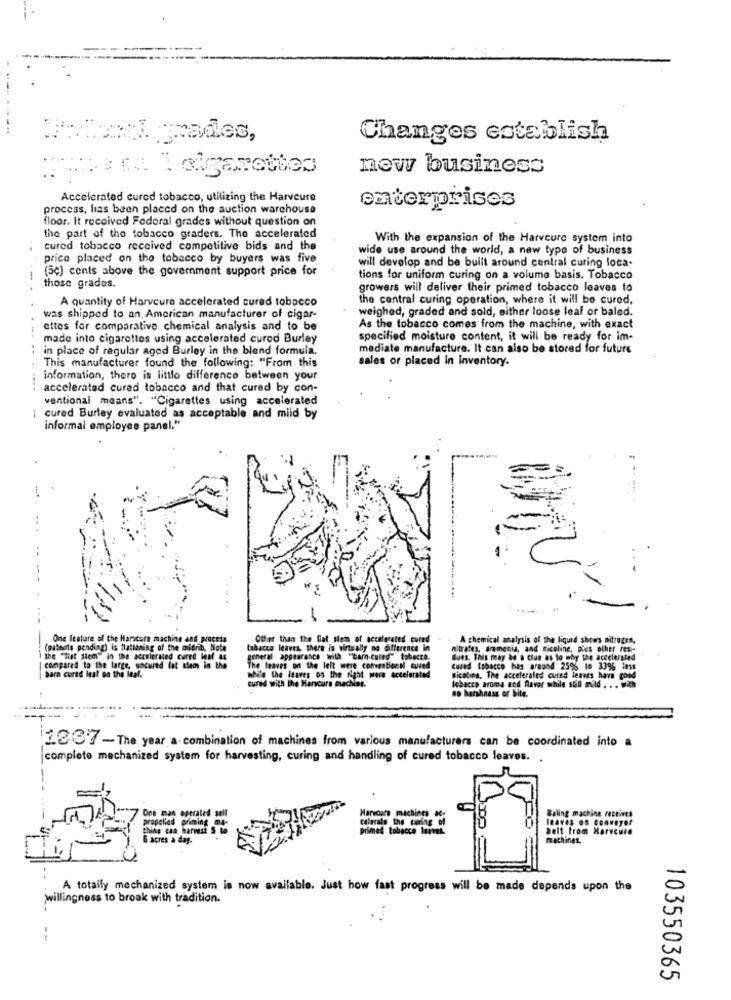
1. ades,
Changes establish
new business
Accelerated cured tobacco, utilizing the Harveure
process, has been placed on the auction warehouse
enterprises
floor. It received Federal grades without question on
the part of the tobacco graders. The accelerated
With the expansion of the Harveure system into
cured tobacco received competitive bids and the
wide use around the world, a new type of business
price placed on the tobacco by buyers was five
(5c) cents above the government support price for
will develop and be built around central curing loca-
-
tions for uniform curing on a volume basis. Tobacco
those grades.
growers will deliver their primed tobacco leaves to
A quantity of Harveure accelerated cured tobacco
the central curing operation, where it will be curod,
weighed, graded and sold, either loose leaf or baled.
was shipped to an. American manufacturer of cigar-
ettes for comparative chemical analysis and to be
As the tobacco comes from the machine, with exact
made into cigarettes using accelerated cured Burley
specified moisture content, it will be ready for im-
in place of regular aged Burley in the blend formula.
mediate manufacture. It can also be stored for future
sales or placed in inventory.
This manufacturer found the following: "From this
information, there is little difference between your
accelerated cured tobacco and that cured by con-
ventional means". "Cigarettes using accelerated
| cured Burley evaluated as acceptable and mild by
informal employee panel."
One feature of the Harscore machine and process
Other than the flat stem of accelerated cured
A chemical analysis of the liquid shows nitrogen.
(patents pending) is flattening of the ol
of the midrib. Note
tobacco leaves, there is virtually no difference in
nitrates, aramecia, and nicoline. pies olher resi-
the "Hiat stem" in the accelerated cured leaf as
general appearance with "barn-cured" tobecte.
does. This may be a Clue as to why the accelerated
| compared to the large, uncured lat steen Th
The leaves on the left were conventionnl cuved
cured tobacco has areand 25% te 33% less
bara cured leal on the leaf.
while the Itares on the right were accelerated
cured with the Hancurs macher.
tobacco aroma and Raver while still mild . ..
nicatina, The accelerated cured leaves havs good
no harshness or bite.
2237-The year a combination of machines from various manufacturers can be coordinated into a
complete mechanized system for harvesting, curing and handling of cured tobacco leaves.
Harvoun
Baling machine rectires
propelled
One man operated se
priming m
machines
leaves on conveyor
thine can harvest S
Prime
tobacco levei.
Delt from Harrcure
6 acres a day.
machines.
A totally mechanized system is now available. Just how fast progress will be made depends upon the
willingness to broak with tradition.
--
103550365